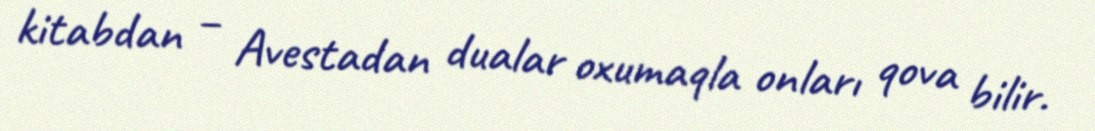
kitabdan – Avestadan dualar oxumaqla onları qova bilir.